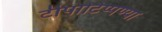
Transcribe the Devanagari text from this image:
टीपाटिप्पण्या